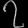
Digit: ၇